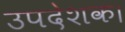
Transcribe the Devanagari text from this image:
उपदेशक।